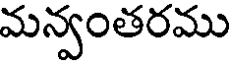
మన్వంతరము